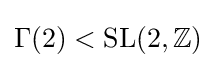
\Gamma (2)<\mathrm {SL} (2,\mathbb {Z} )